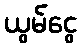
ယွမ်ငွေ